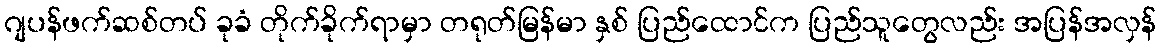
ဂျပန်ဖက်ဆစ်တပ် ခုခံ တိုက်ခိုက်ရာမှာ တရုတ်မြန်မာ နှစ် ပြည်ထောင်က ပြည်သူတွေလည်း အပြန်အလှန်